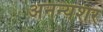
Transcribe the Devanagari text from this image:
अनन्यशर